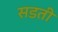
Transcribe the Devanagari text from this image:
सडती